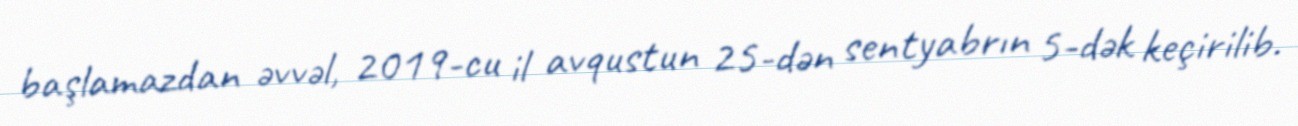
başlamazdan əvvəl, 2019-cu il avqustun 25-dən sentyabrın 5-dək keçirilib.